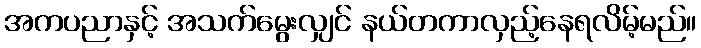
အကပညာနှင့် အသက်မွေးလျှင် နယ်တကာလှည့်နေရလိမ့်မည်။